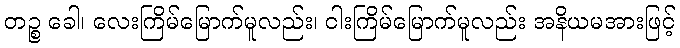
တဉ္စ ခေါ၊ လေးကြိမ်မြောက်မူလည်း၊ ငါးကြိမ်မြောက်မူလည်း အနိယမအားဖြင့်